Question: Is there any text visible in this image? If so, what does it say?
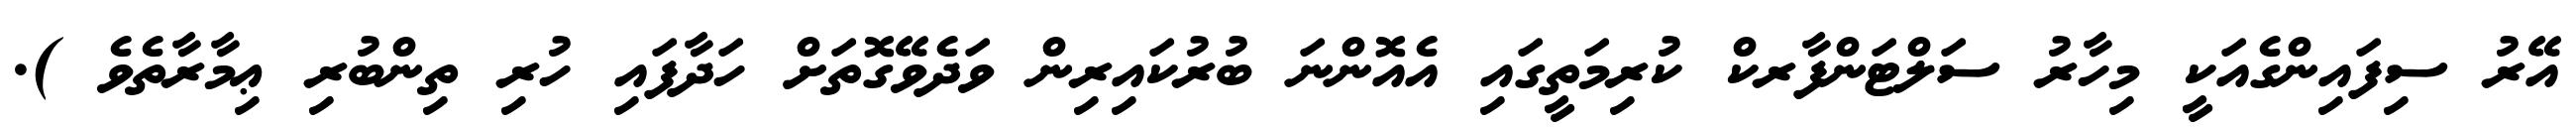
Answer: އޭރު ސިފައިންގެއަކީ މިހާރު ސަލްޓަންފާރކް ކުރިމަތީގައި އެއޮންނަ ބުރުކައިރިން ވަދެވޭގޮތަށް ހަދާފައި ހުރި ތިންބުރި ޢިމާރާތެވެ ).